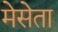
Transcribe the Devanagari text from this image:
मेसेता